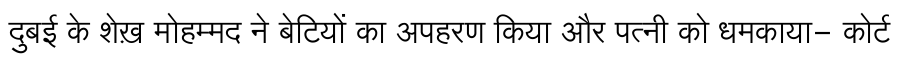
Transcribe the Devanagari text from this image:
दुबई के शेख़ मोहम्मद ने बेटियों का अपहरण किया और पत्नी को धमकाया- कोर्ट